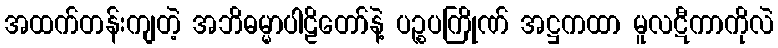
အထက်တန်းကျတဲ့ အဘိဓမ္မာပါဠိတော်နဲ့ ပဉ္စပကြိုဏ် အဋ္ဌကထာ မူလဋီကာကိုလဲ